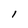
Character: 1